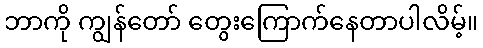
ဘာကို ကျွန်တော် တွေးကြောက်နေတာပါလိမ့်။